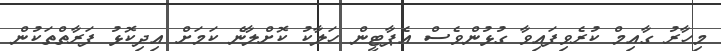
މިހާރު ގާއިމް ކުރެވިފައިވާ ގުޅުންވެސް އެޕާޓީން ހަލާކު ކޮށްލާނެ ކަމަށް އިދިކޮޅު ފަރާތްތަކުން